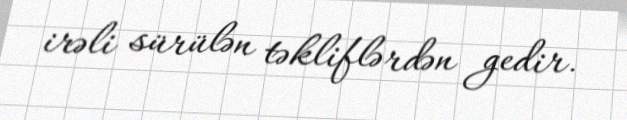
irəli sürülən təkliflərdən gedir.